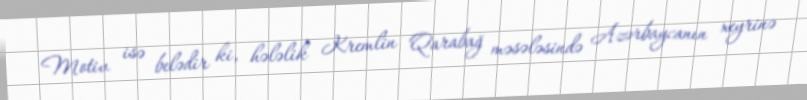
Motiv isə belədir ki, hələlik Kremlin Qarabağ məsələsində Azərbaycanın xeyrinə